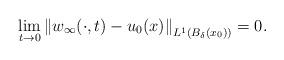
LaTeX: \begin{align*}\lim_{t\to 0}\left\|w_{\infty}(\cdot,t)-u_0(x)\right\|_{L^1(B_{\delta}(x_0))}=0.\end{align*}